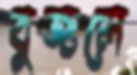
বুজলে